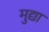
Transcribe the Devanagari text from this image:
मुद्या